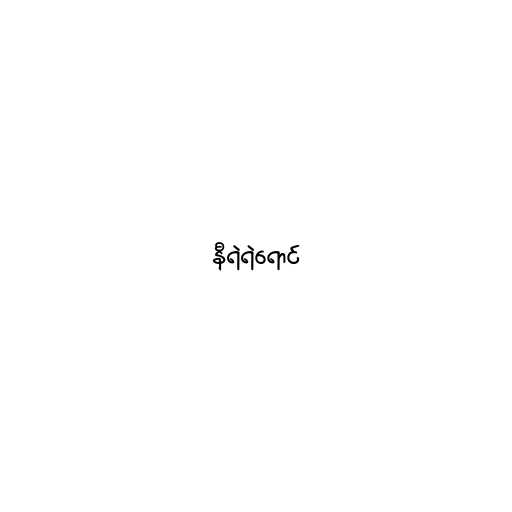
နီရဲရဲရောင်